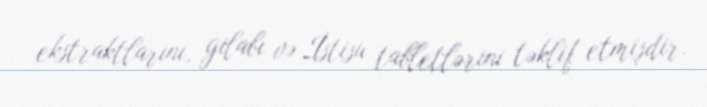
ekstraktlarını, gilabı və İstisu tabletlərini təklif etmişdir.